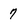
Character: 7